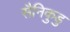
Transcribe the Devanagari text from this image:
सैनिकुडु